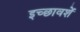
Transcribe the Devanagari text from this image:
इच्छावशें